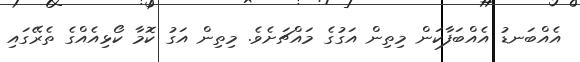
އެއްބަނޑު އެއްބަފާކަން މިތިން އަގުގެ މައްޗަށެވެ. މިތިން އަގު ކޮމާ ކޯޅިއެއްގެ ތެރޭގައި